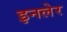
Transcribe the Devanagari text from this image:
इनलेर